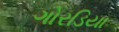
ગોરડિયા